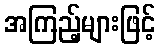
အကြည့်များဖြင့်